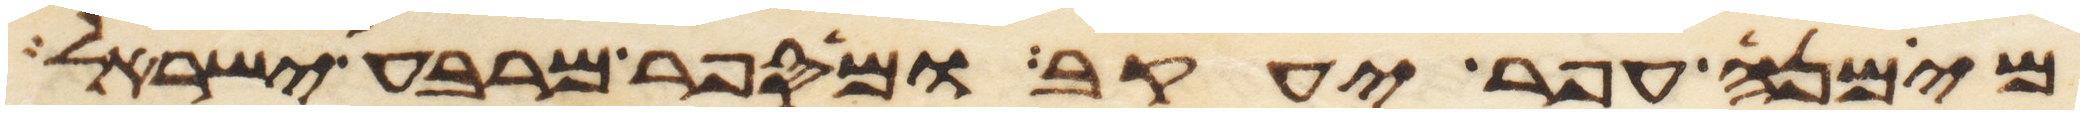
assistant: מי מנה עפר יעקב ומי ספר מרבע ישראל